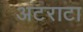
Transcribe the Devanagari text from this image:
अटराटा